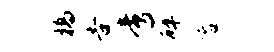
槁告啻碎容